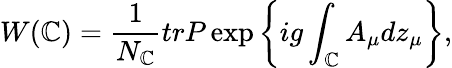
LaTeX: W(\mathbb{C})=\frac{{1}}{{N_{\mathbb{C}}}}trP\exp\left\{ ig\int_{\mathbb{C}}A_{\mu}dz_{\mu}\right\} ,